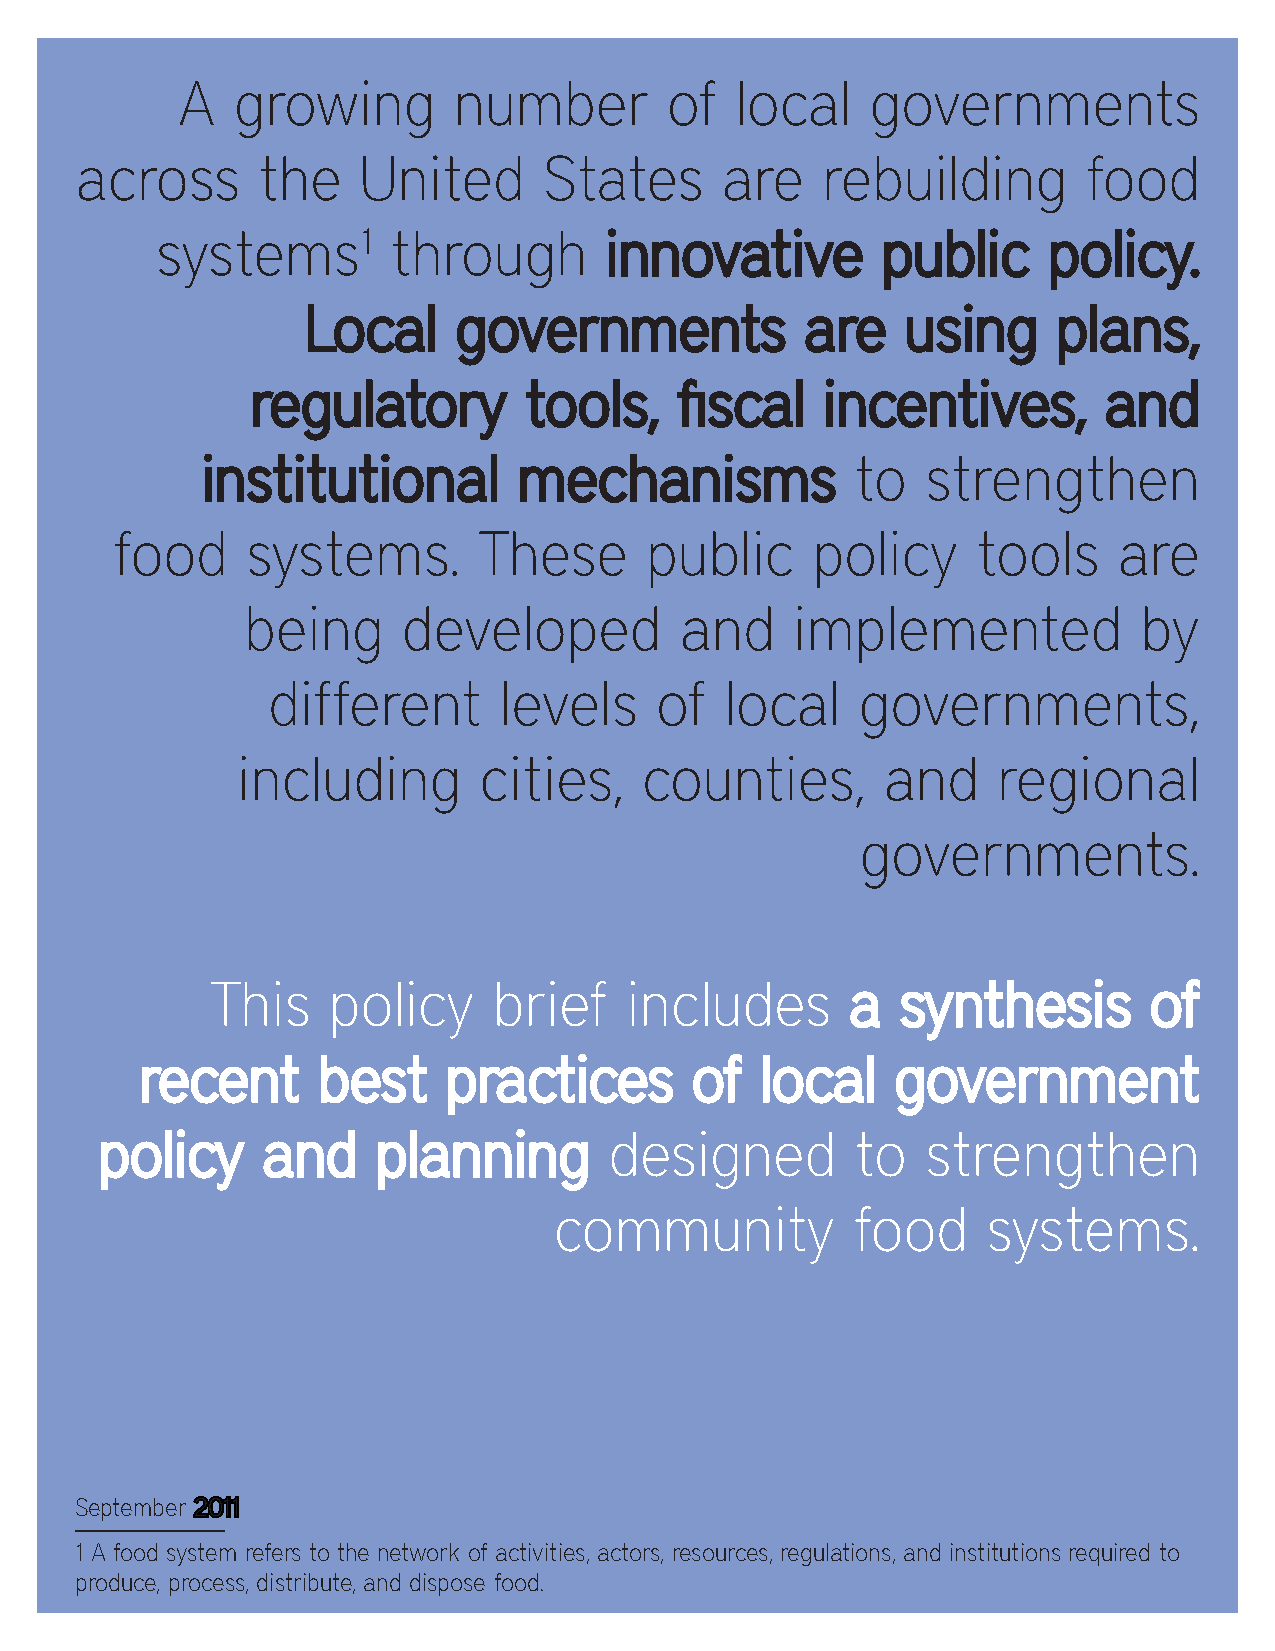
A  growing        number        of   local    governments
 across      the    United      States      are   rebuilding        food
 systems1        through       iinnnnoovvaattiivvee ppuubblliicc ppoolliiccyy..
 LLooccaall ggoovveerrnnmmeennttss aarree uussiinngg ppllaannss,,
 rreegguullaattoorryy ttoooollss,, fifi ssccaall iinncceennttiivveess,, aanndd
 iinnssttiittuuttiioonnaall mmeecchhaanniissmmss to strengthen
 food     systems.        These      public     policy     tools    are
 being      developed         and     implemented            by
 different      levels    of   local    governments,
 including       cities,    counties,       and    regional
 governments.
 This    policy     brief   includes       aa  ssyynntthheessiiss ooff
 rreecceenntt bbeesstt pprraaccttiicceess ooff llooccaall ggoovveerrnnmmeenntt
 ppoolliiccyy aanndd ppllaannnniinngg designed     to  strengthen
 community          food     systems.
 September 22001111
 1 A food system refers to the network of activities, actors, resources, regulations, and institutions required to
 produce, process, distribute, and dispose food.